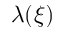
\lambda ( \xi )